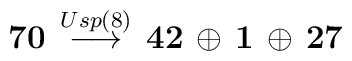
{\bf 70} \, \stackrel{Usp(8)}{\longrightarrow} \, {\bf 42} \,\oplus \, {\bf 1} \, \oplus \, {\bf 27}